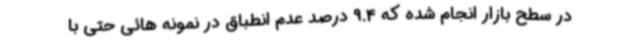
در سطح بازار انجام شده که 9.4 درصد عدم انطباق در نمونه هائی حتی با